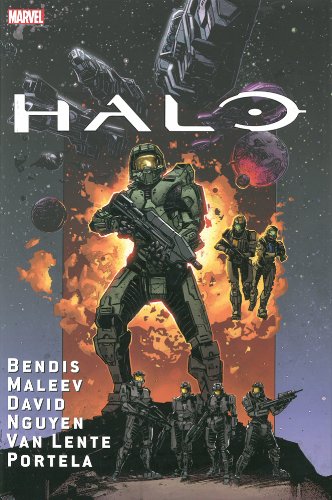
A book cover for Halo: Oversized Collection; Brian Michael Bendis; Comics & Graphic Novels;